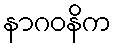
နာဂဝနိက